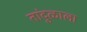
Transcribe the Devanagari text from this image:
तांदुळाला